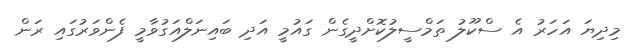
މިދިޔަ އަހަރު އެ ސްކޫލު ތަމްސީލުކޮށްދީގެން ގައުމީ އަދި ބައިނަލްއަގުވާމީ ފެންވަރުގައި ރަން